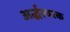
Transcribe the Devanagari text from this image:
अर्द्धस्वरक